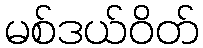
မစ်ဒယ်ဝိတ်